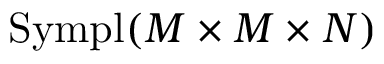
\mathrm { S y m p l } ( M \times M \times N )